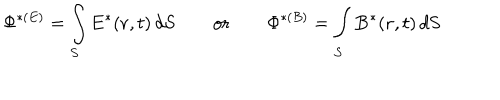
LaTeX: \Phi ^ { * ( E ) } = \int _ { S } { \bf E } ^ { * } ( { \bf r } , t ) \, d { \bf S } \qquad \mathrm { o r } \qquad \Phi ^ { * ( B ) } = \int _ { S } { \bf B } ^ { * } ( { \bf r } , t ) \, d { \bf S }